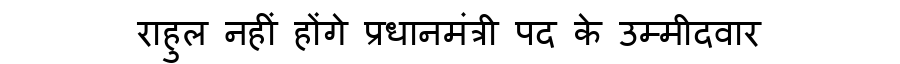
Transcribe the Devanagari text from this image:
राहुल नहीं होंगे प्रधानमंत्री पद के उम्मीदवार